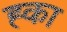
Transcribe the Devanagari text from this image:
ह्का